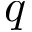
q